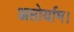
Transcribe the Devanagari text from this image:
अप्तोर्याम।